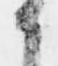
か